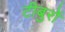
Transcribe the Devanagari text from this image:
टीबुरों